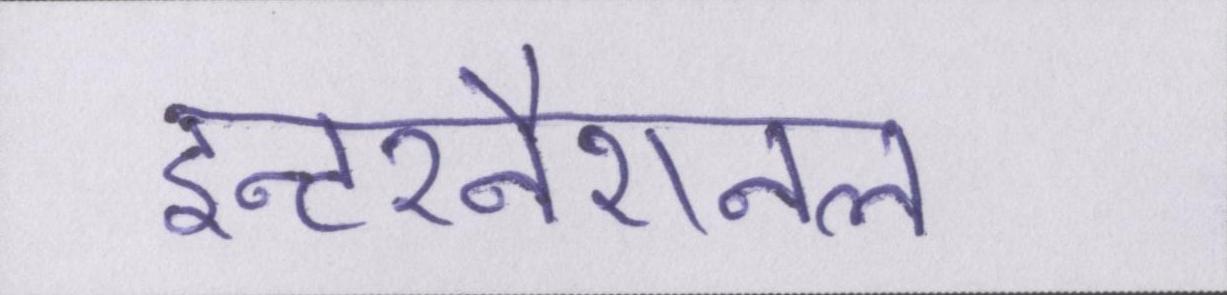
इन्टरनैशनल